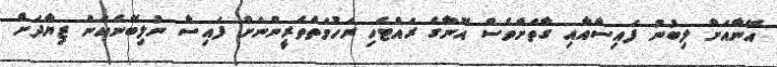
އޭނާއަށް ލިބުނު ފައިސާއާއި ގާތަށްވެސް އޭނާގެ ރައްޓެހި ރަހުމަތްތެރީންނަށް ފައިސާ ނުލިބޭނެކަން ޒިޔާދަށް